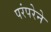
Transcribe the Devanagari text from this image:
परंंपरेने